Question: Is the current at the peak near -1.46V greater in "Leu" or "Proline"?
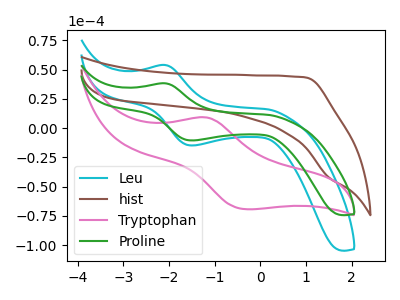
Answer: <think>The cyan curve "Leu" has an anodic peak at (-2.10V, 53.95uA) and a cathodic peak at (-1.45V, -14.80uA). The brown curve "hist" has no peaks. The pink curve "Tryptophan" has an anodic peak at (-1.20V, 9.20uA) and a cathodic peak at (-0.30V, -69.30uA). The green curve "Proline" has an anodic peak at (-2.10V, 38.30uA) and a cathodic peak at (-1.45V, -10.50uA).</think>
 <answer>The peak at -1.46V is higher in "Leu" than in "Proline".</answer>
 <eval>higher</eval>